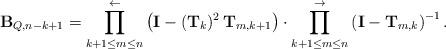
LaTeX: \begin{align*}{\mathbf{B}}_{Q,n-k+1} = \prod_{k+1\le m\le n}^{\gets} \left( {\mathbf{I}}-({\mathbf{T}}_{k})^{2}\, {\mathbf{T}}_{m,k+1} \right)\cdot \prod_{k+1\le m\le n}^{\to} \left( {\mathbf{I}}-{\mathbf{T}}_{m,k} \right)^{-1}.\end{align*}